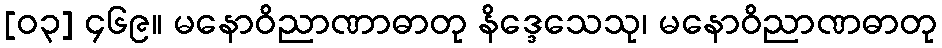
[၀၃] ၄၆၉။ မနောဝိညာဏာဓာတု နိဒ္ဒေသေသု၊ မနောဝိညာဏဓာတု